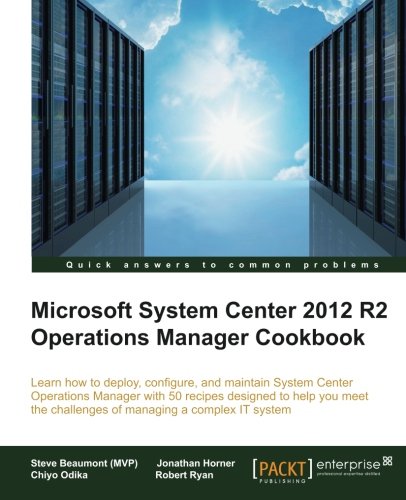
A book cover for System Center 2012 R2 Operations Manager Deployment and Administration Cookbook; Steve Beaumont (MVP); Computers & Technology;